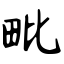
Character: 毗